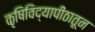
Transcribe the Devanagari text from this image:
कृषिविद्यापीठातून